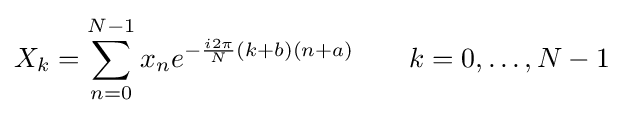
X_{k}=\sum _{n=0}^{N-1}x_{n}e^{-{\frac {i2\pi }{N}}(k+b)(n+a)}\quad \quad k=0,\dots ,N-1